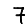
Digit: 7